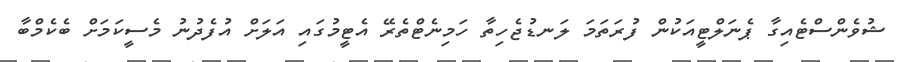
ޝުވެންސްޓެއިގާ ޕެނަލްޓީއަކުން ފުރަތަމަ ލަނޑުޖެހިތާ ހަމިނެޓްތެރޭ އެޓީމުގައި އަލަށް އުފެދުނު މެސީކަމަށް ބެކެމްބާ